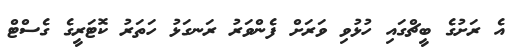
އެ ރަށުގެ ބީޗްގައި ހުޅުވި ވަރަށް ފެންވަރު ރަނގަޅު ހަތަރު ކޮޓަރީގެ ގެސްޓް